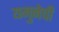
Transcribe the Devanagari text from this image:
यमुनेची